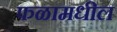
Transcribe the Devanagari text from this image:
फळामधील